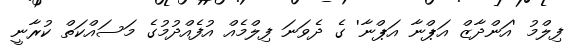
ފިލްމު 'އަންދާޒް އަޕްނާ އަޕްނާ' ގެ ދެވަނަ ފިލްމެއް އުފެއްދުމުގެ މަސައްކަތް ކުރާނީ